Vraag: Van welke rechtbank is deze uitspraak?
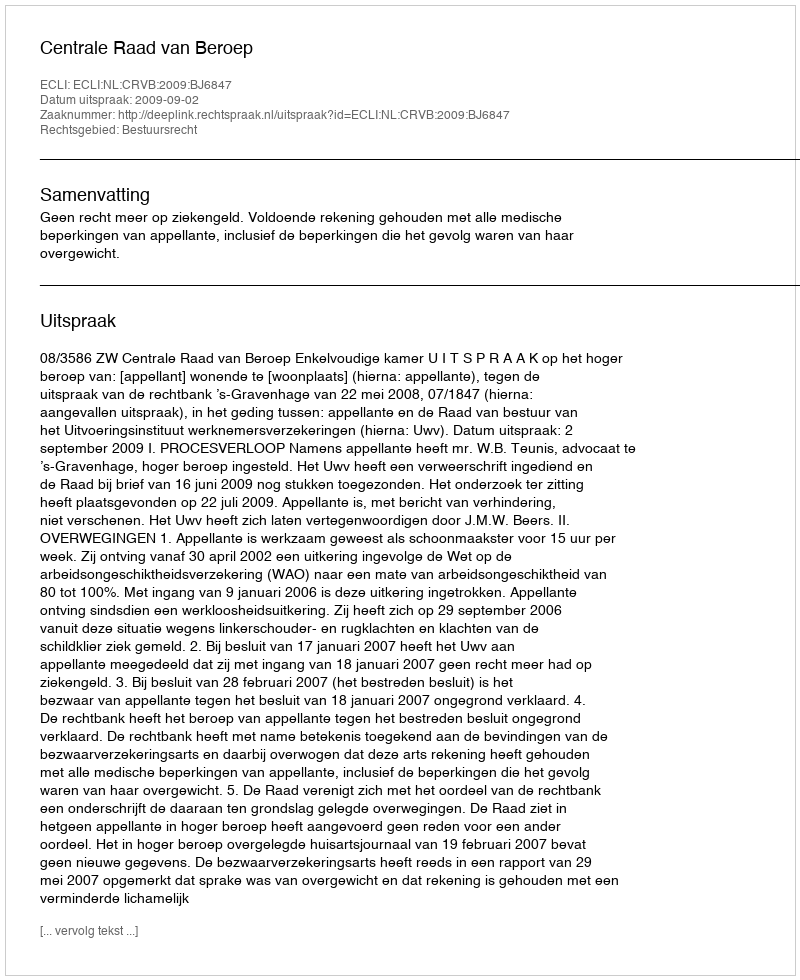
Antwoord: Centrale Raad van Beroep